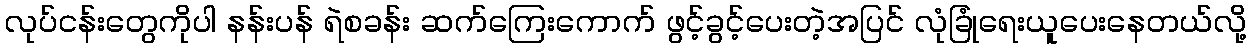
လုပ်ငန်းတွေကိုပါ နန်းပန် ရဲစခန်း ဆက်ကြေးကောက် ဖွင့်ခွင့်ပေးတဲ့အပြင် လုံခြုံရေးယူပေးနေတယ်လို့